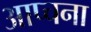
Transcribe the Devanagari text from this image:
आप्चना